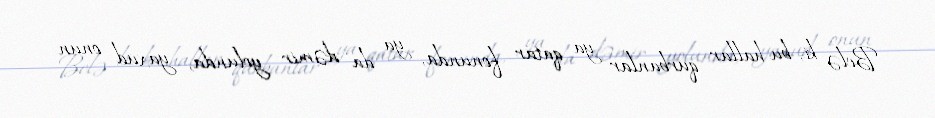
Belə ki, bu hallar qurbanlar ya qatar fonunda, ya da dəmir yolunda, yaxud onun